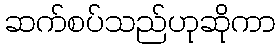
ဆက်စပ်သည်ဟုဆိုကာ